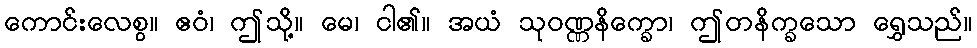
ကောင်းလေစွ။ ဧဝံ၊ ဤသို့။ မေ၊ ငါ၏။ အယံ သုဝဏ္ဏနိက္ခော၊ ဤတနိက္ခသော ရွှေသည်။